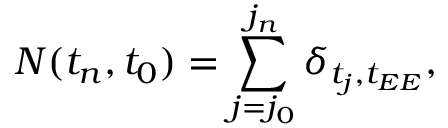
N ( t _ { n } , t _ { 0 } ) = \sum _ { j = j _ { 0 } } ^ { j _ { n } } \delta _ { t _ { j } , t _ { E E } } ,